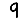
Digit: 9